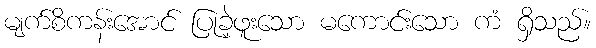
မျက်စိကန်းအောင် ပြုခဲ့ဖူးသော မကောင်းသော ကံ ရှိသည်။